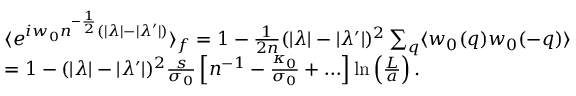
\begin{array} { r l } & { \langle e ^ { i w _ { 0 } n ^ { - \frac 1 2 } ( | \lambda | - | \lambda ^ { \prime } | ) } \rangle _ { f } = 1 - \frac 1 { 2 n } ( | \lambda | - | \lambda ^ { \prime } | ) ^ { 2 } \sum _ { q } \langle w _ { 0 } ( q ) w _ { 0 } ( - q ) \rangle } \\ & { = 1 - ( | \lambda | - | \lambda ^ { \prime } | ) ^ { 2 } \frac { s } { \sigma _ { 0 } } \left[ n ^ { - 1 } - \frac { \kappa _ { 0 } } { \sigma _ { 0 } } + \ldots \right] \ln \left( \frac { L } { a } \right) . } \end{array}